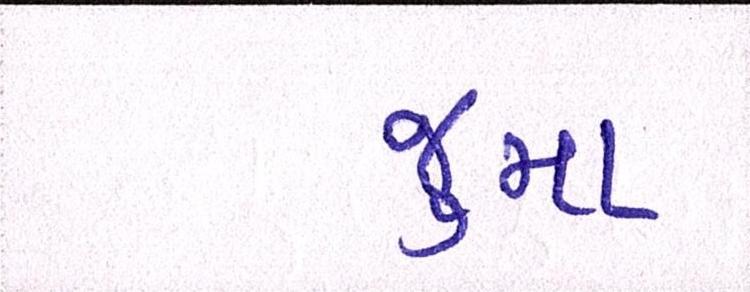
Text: જુમા